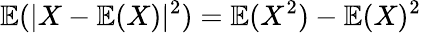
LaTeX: \mathbb{E}(|X-\mathbb{E}(X)|^{2})=\mathbb{E}(X^{2})-\mathbb{E}(X)^{2}